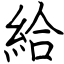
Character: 給